Source: Handwritten
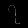
Digit: ၇ (7)